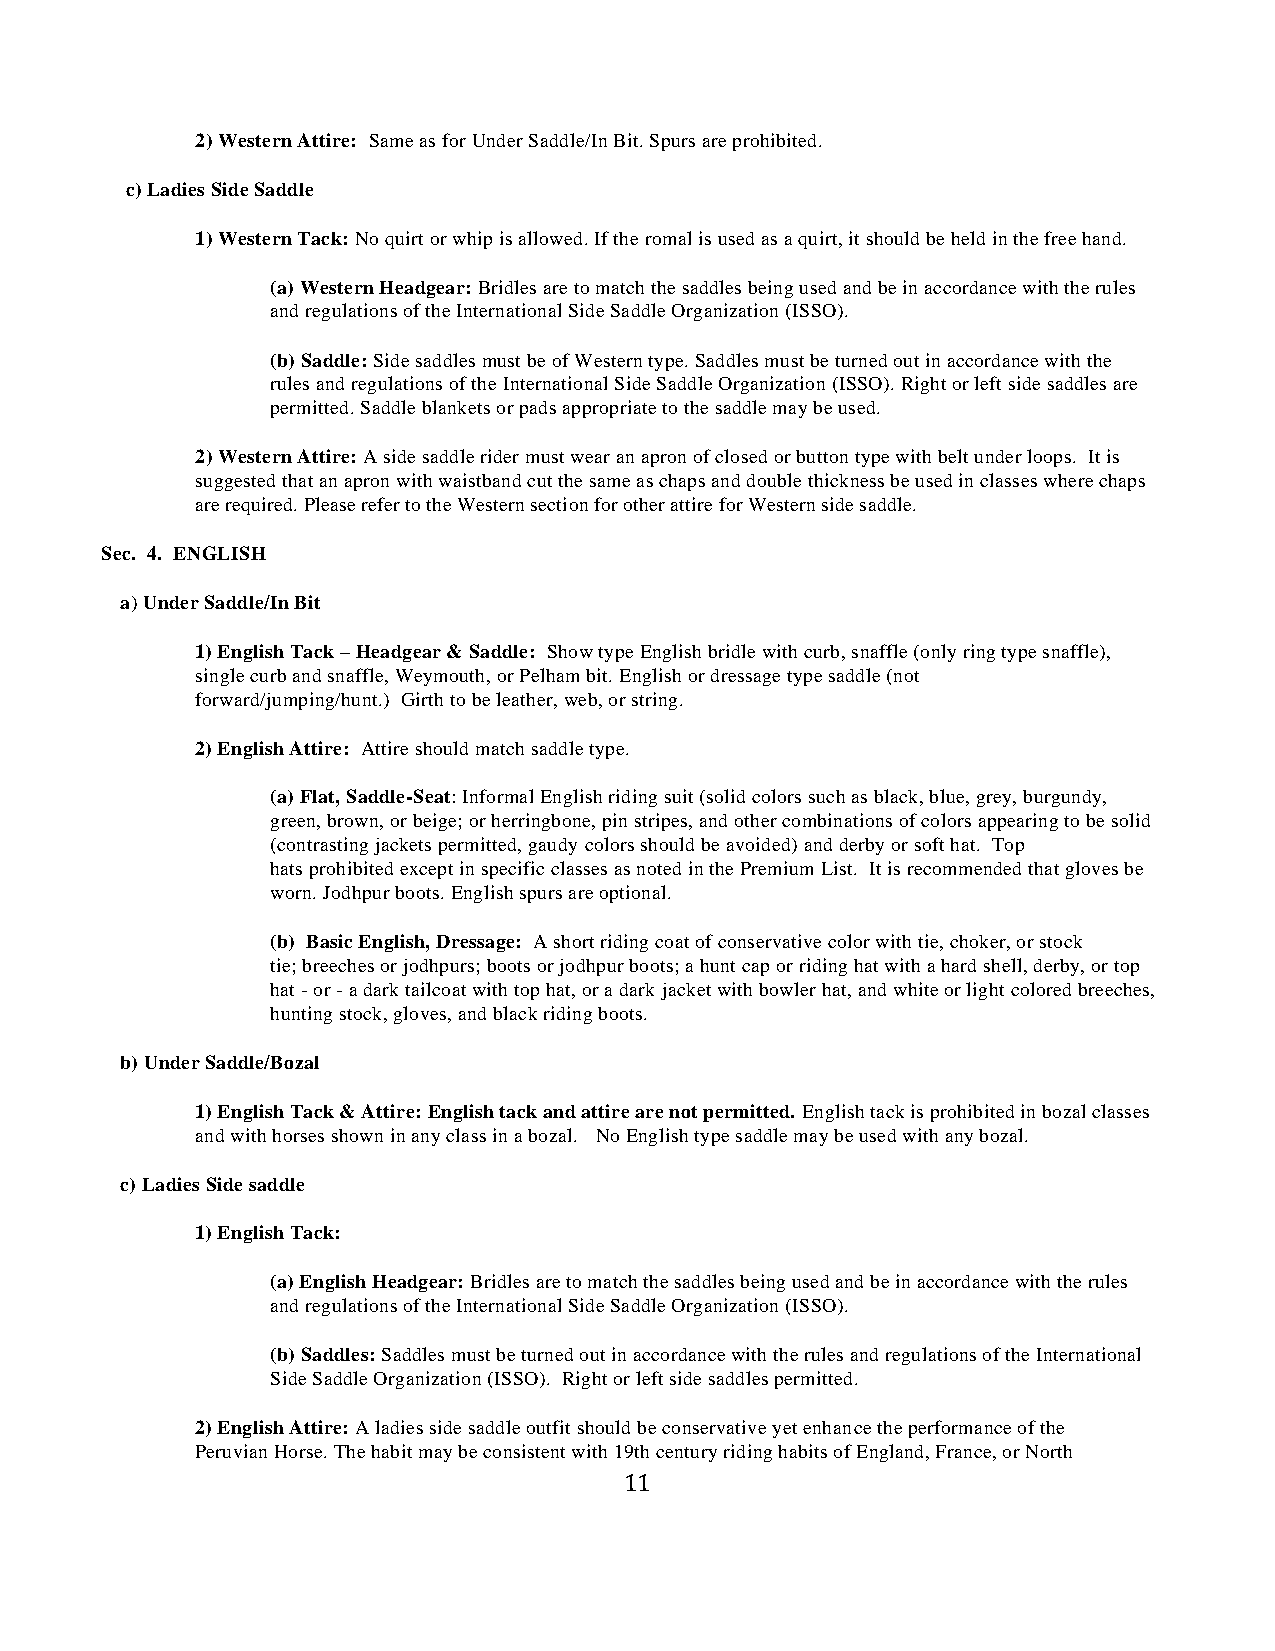
2) Western Attire: Same as for Under Saddle/In Bit. Spurs are prohibited.
 c) Ladies Side Saddle
 1) Western Tack: No quirt or whip is allowed. If the romal is used as a quirt, it should be held in the free hand.
 (a) Western Headgear: Bridles are to match the saddles being used and be in accordance with the rules
 and regulations of the International Side Saddle Organization (ISSO).
 (b) Saddle: Side saddles must be of Western type. Saddles must be turned out in accordance with the
 rules and regulations of the International Side Saddle Organization (ISSO). Right or left side saddles are
 permitted. Saddle blankets or pads appropriate to the saddle may be used.
 2) Western Attire: A side saddle rider must wear an apron of closed or button type with belt under loops. It is
 suggested that an apron with waistband cut the same as chaps and double thickness be used in classes where chaps
 are required. Please refer to the Western section for other attire for Western side saddle.
 Sec. 4. ENGLISH
 a) Under Saddle/In Bit
 1) English Tack – Headgear & Saddle: Show type English bridle with curb, snaffle (only ring type snaffle),
 single curb and snaffle, Weymouth, or Pelham bit. English or dressage type saddle (not
 forward/jumping/hunt.) Girth to be leather, web, or string.
 2) English Attire: Attire should match saddle type.
 (a) Flat, Saddle-Seat: Informal English riding suit (solid colors such as black, blue, grey, burgundy,
 green, brown, or beige; or herringbone, pin stripes, and other combinations of colors appearing to be solid
 (contrasting jackets permitted, gaudy colors should be avoided) and derby or soft hat. Top
 hats prohibited except in specific classes as noted in the Premium List. It is recommended that gloves be
 worn. Jodhpur boots. English spurs are optional.
 (b) Basic English, Dressage: A short riding coat of conservative color with tie, choker, or stock
 tie; breeches or jodhpurs; boots or jodhpur boots; a hunt cap or riding hat with a hard shell, derby, or top
 hat - or - a dark tailcoat with top hat, or a dark jacket with bowler hat, and white or light colored breeches,
 hunting stock, gloves, and black riding boots.
 b) Under Saddle/Bozal
 1) English Tack & Attire: English tack and attire are not permitted. English tack is prohibited in bozal classes
 and with horses shown in any class in a bozal. No English type saddle may be used with any bozal.
 c) Ladies Side saddle
 1) English Tack:
 (a) English Headgear: Bridles are to match the saddles being used and be in accordance with the rules
 and regulations of the International Side Saddle Organization (ISSO).
 (b) Saddles: Saddles must be turned out in accordance with the rules and regulations of the International
 Side Saddle Organization (ISSO). Right or left side saddles permitted.
 2) English Attire: A ladies side saddle outfit should be conservative yet enhance the performance of the
 Peruvian Horse. The habit may be consistent with 19th century riding habits of England, France, or North
 11